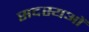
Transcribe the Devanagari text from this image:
सदस्यओं